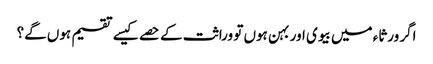
اگر ورثاء میں بیوی اور بہن ہوں تو وراثت کے حصے کیسے تقسیم ہوں گے؟